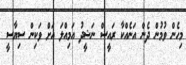
މިހެން ވުމުން ދެން އަނެއްކާ ރައީސް ނަޝީދު އަމިއްލަ އަށް ވަކިން ސިޔާސީ